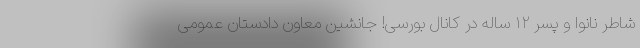
شاطر نانوا و پسر ۱۲ ساله در کانال بورسی! جانشین معاون دادستان عمومی